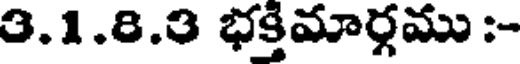
3.1.8.3 భక్తిమార్గము :-